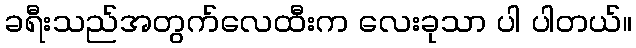
ခရီးသည်အတွက်လေထီးက လေးခုသာ ပါ ပါတယ်။